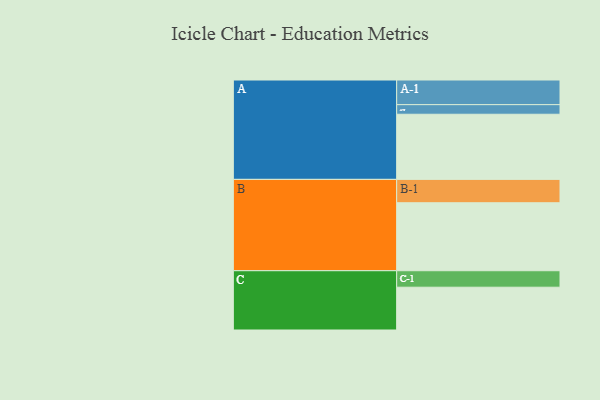
{"axis": {"x": "Segment", "y": "Value"}, "legend": ["", "A", "B", "C"], "data": [{"x": "A", "y": 510, "type": ""}, {"x": "B", "y": 532, "type": ""}, {"x": "C", "y": 335, "type": ""}, {"x": "A-1", "y": 193, "type": "A"}, {"x": "A-2", "y": 75, "type": "A"}, {"x": "B-1", "y": 183, "type": "B"}, {"x": "C-1", "y": 129, "type": "C"}]}